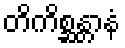
တိကိစ္ဆန္တာနံ